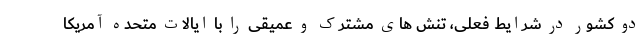
دو کشور در شرایط فعلی، تنش های مشترک و عمیقی را با ایالات متحده آمریکا